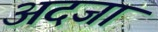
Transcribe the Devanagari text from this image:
अदजा